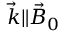
{ \vec { k } } \| { \vec { B } } _ { 0 }